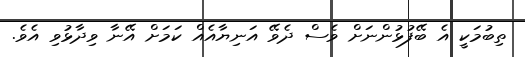
ތިބުމަކީ އެ ބޭފުޅުންނަށް ވެސް ދެވޭ އަނިޔާއެއް ކަމަށް އޭނާ ވިދާޅުވި އެވެ.